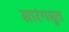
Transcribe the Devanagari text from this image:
सारंगसुत